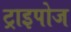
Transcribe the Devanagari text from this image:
ट्राइपोज